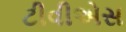
ટીવીએસ